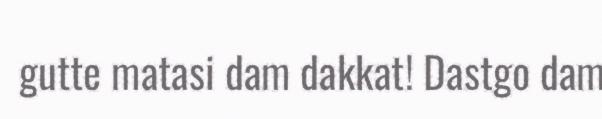
gutte matasi dam dakkat! Dastgo dam